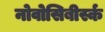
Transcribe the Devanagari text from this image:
नोवोसिबीर्स्क